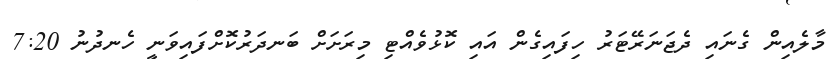
މާލެއިން ގެނައި ދެޖަނަރޭޓަރު ހިފައިގެން އައި ކޮޅުވެއްޓި މިރަށަށް ބަނދަރުކޮށްފައިވަނީ ހެނދުނު 7:20